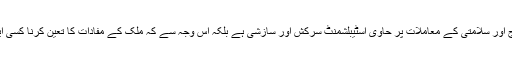
اس وجہ سے نہیں کہ وہ مجبور بے کس ہے یا فوج اور سلامتی کے معاملات پر حاوی اسٹیبلشمنٹ سرکش اور سازشی ہے بلکہ اس وجہ سے کہ ملک کے مفادات کا تعین کرنا کسی ایک ادارے کی اجاداری نہیں سمجھی جا سکتی ہے۔